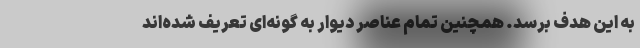
به این هدف برسد. همچنین تمام عناصر دیوار به گونه‌ای تعریف شده‌اند